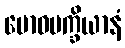
ဗောဓပက္ခိယာနံ